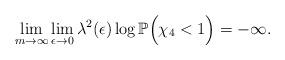
LaTeX: \begin{align*}\lim_{m\to\infty}\lim_{\epsilon\to0}\lambda^2(\epsilon)\log\mathbb P\Big(\chi_4<1\Big)=-\infty.\end{align*}